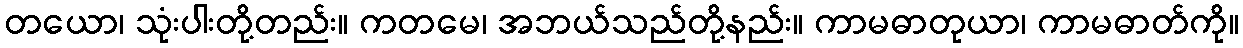
တယော၊ သုံးပါးတို့တည်း။ ကတမေ၊ အဘယ်သည်တို့နည်း။ ကာမဓာတုယာ၊ ကာမဓာတ်ကို။